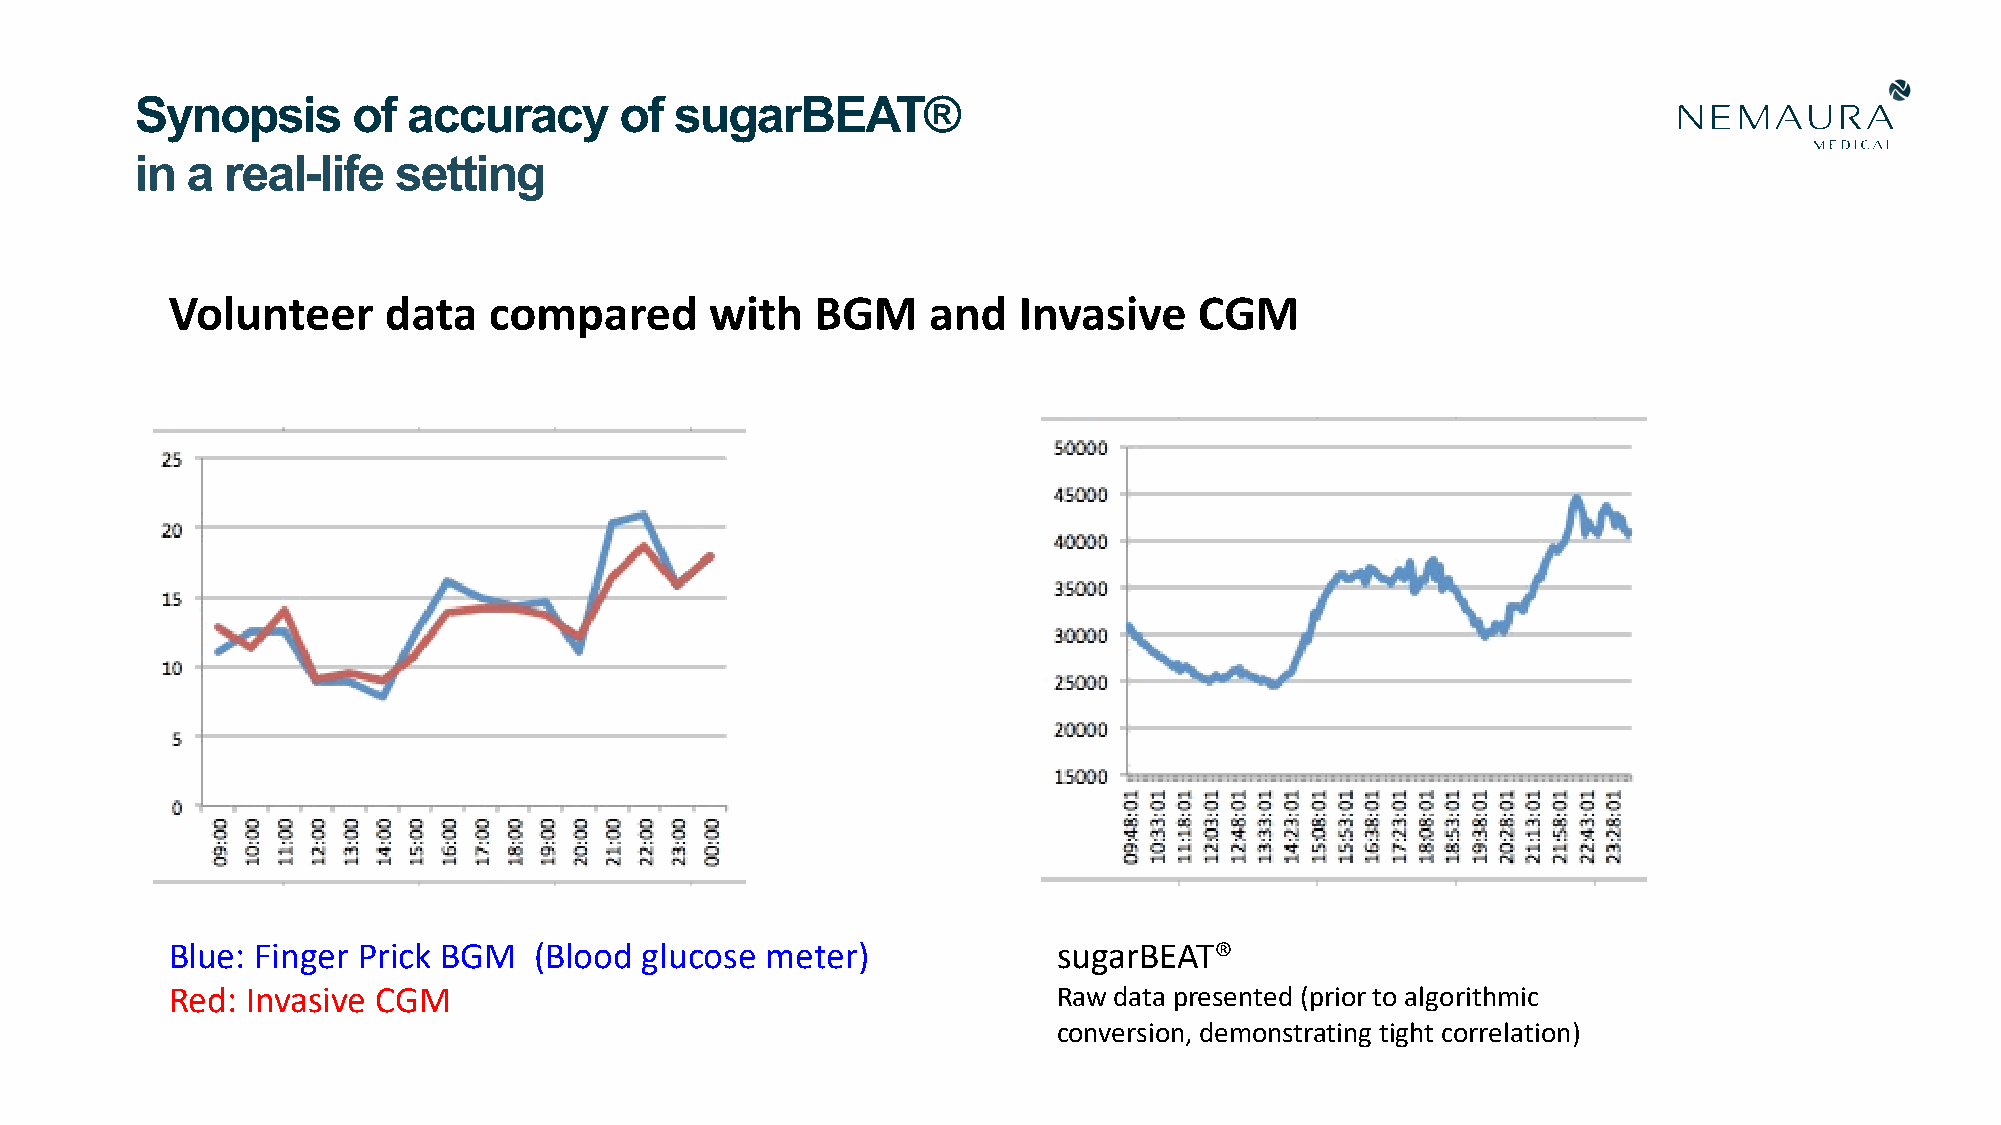
Synopsis      of  accuracy      of  sugarBEAT®
 in a  real-life  setting
 Volunteer     data   compared       with   BGM    and   Invasive    CGM
 Blue: Finger Prick BGM  (Blood  glucose meter)             sugarBEAT®
 Red: Invasive CGM                                          Raw data presented (prior to algorithmic
 conversion, demonstrating tight correlation)